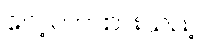
လေ့လာထားသည့်